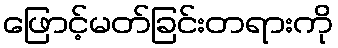
ဖြောင့်မတ်ခြင်းတရားကို